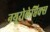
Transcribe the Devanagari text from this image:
नयूरोलेप्तिक्स